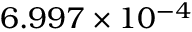
6 . 9 9 7 \times 1 0 ^ { - 4 }